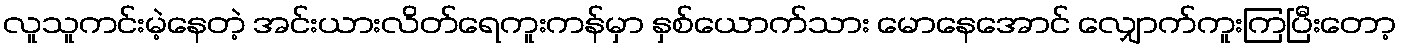
လူသူကင်းမဲ့နေတဲ့ အင်းယားလိတ်ရေကူးကန်မှာ နှစ်ယောက်သား မောနေအောင် လျှောက်ကူးကြပြီးတော့